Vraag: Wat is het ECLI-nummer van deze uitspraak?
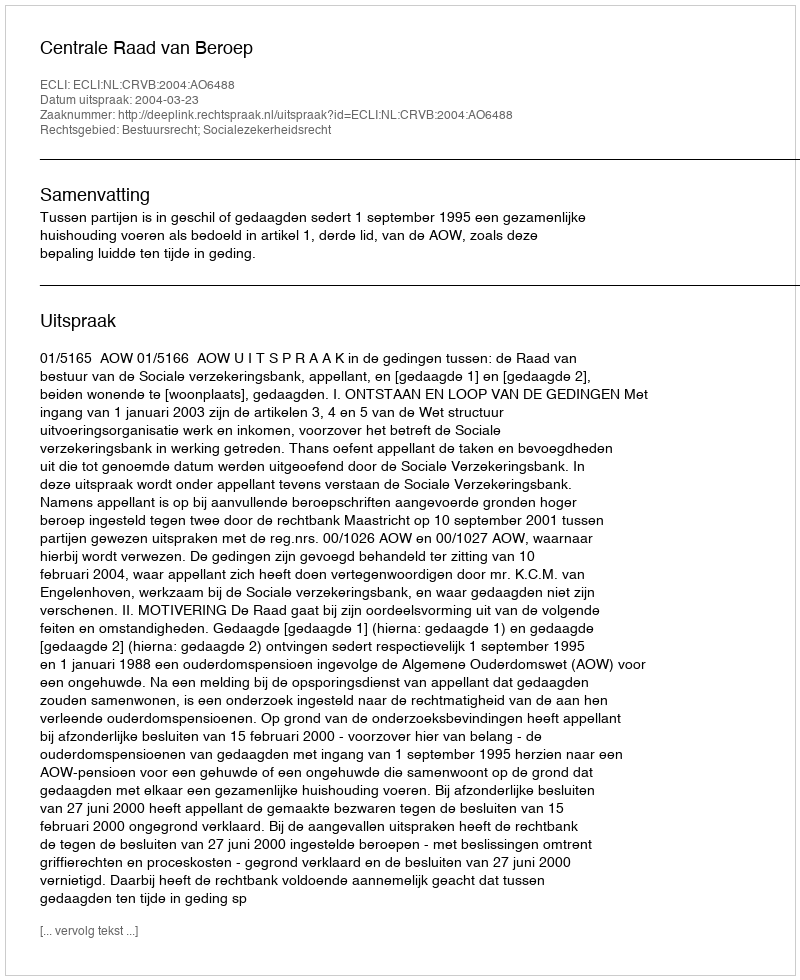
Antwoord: ECLI:NL:CRVB:2004:AO6488